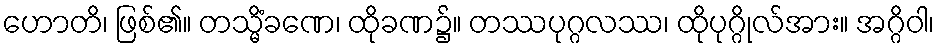
ဟောတိ၊ ဖြစ်၏။ တသ္မိံခဏေ၊ ထိုခဏ၌။ တဿပုဂ္ဂလဿ၊ ထိုပုဂ္ဂိုလ်အား။ အဂ္ဂိဝါ၊